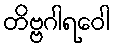
တိဗ္ဗဂါရဝေါ